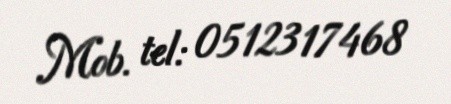
Mob. tel: 0512317468